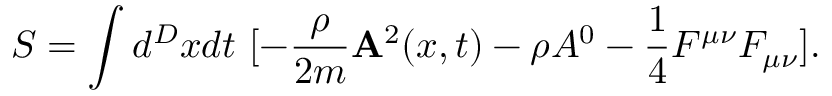
S = \int d ^ { D } x d t ~ [ - \frac { \rho } { 2 m } { \bf A } ^ { 2 } ( x , t ) - \rho A ^ { 0 } - \frac { 1 } { 4 } F ^ { \mu \nu } F _ { \mu \nu } ] .